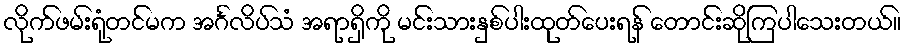
လိုက်ဖမ်းရုံတင်မက အင်္ဂလိပ်သံ အရာရှိကို မင်းသားနှစ်ပါးထုတ်ပေးရန် တောင်းဆိုကြပါသေးတယ်။